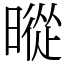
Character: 暰